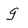
Character: g